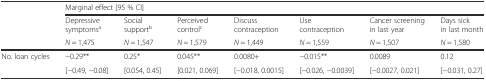
| <ROWSPAN=2>  | <COLSPAN=7> Marginal effect [95 % CI] |
 | Depressive symptomsa | Social supportb | Perceived controlc | Discuss contraception | Use contraception | Cancer screening in last year | Days sick in last month |
 |  | N = 1,475 | N = 1,547 | N = 1,579 | N = 1,449 | N = 1,559 | N = 1,507 | N = 1,580 |
 | --- | --- | --- | --- | --- | --- | --- | --- |
 | No. loan cycles | −0.29** | 0.25* | 0.045** | 0.0080+ | −0.015** | 0.0089 | 0.12 |
 |  | [−0.49, −0.08] | [0.054, 0.45] | [0.021, 0.069] | [−0.018, 0.0015] | [−0.026, −0.0039] | [−0.0027, 0.021] | [−0.031, 0.27] |